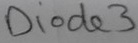
Text: Diode3